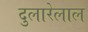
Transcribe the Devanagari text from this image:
दुलारेलाल